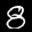
Label: 8